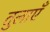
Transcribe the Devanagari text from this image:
तुलाएँ